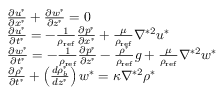
\begin{array} { r l } & { \frac { \partial u ^ { * } } { \partial x ^ { * } } + \frac { \partial w ^ { * } } { \partial z ^ { * } } = 0 } \\ & { \frac { \partial u ^ { * } } { \partial t ^ { * } } = - \frac { 1 } { \rho _ { \mathrm { r e f } } } \frac { \partial p ^ { * } } { \partial x ^ { * } } + \frac { \mu } { \rho _ { \mathrm { r e f } } } \nabla ^ { * 2 } u ^ { * } } \\ & { \frac { \partial w ^ { * } } { \partial t ^ { * } } = - \frac { 1 } { \rho _ { \mathrm { r e f } } } \frac { \partial p ^ { * } } { \partial z ^ { * } } - \frac { \rho ^ { * } } { \rho _ { \mathrm { r e f } } } g + \frac { \mu } { \rho _ { \mathrm { r e f } } } \nabla ^ { * 2 } w ^ { * } } \\ & { \frac { \partial \rho ^ { * } } { \partial t ^ { * } } + \left( \frac { d \rho _ { b } ^ { * } } { d z ^ { * } } \right) w ^ { * } = \kappa \nabla ^ { * 2 } \rho ^ { * } } \end{array}